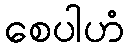
စေပါဟံ